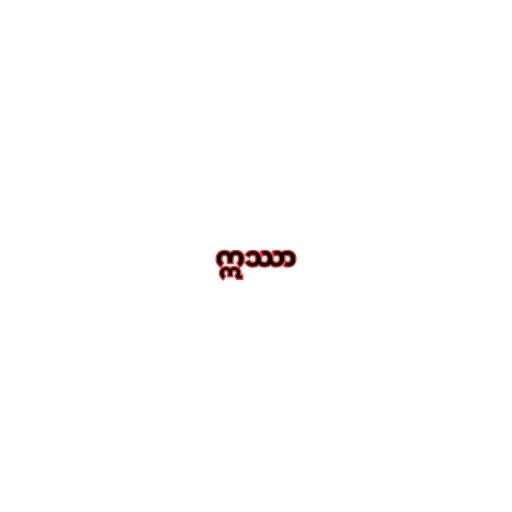
ဣဿာ